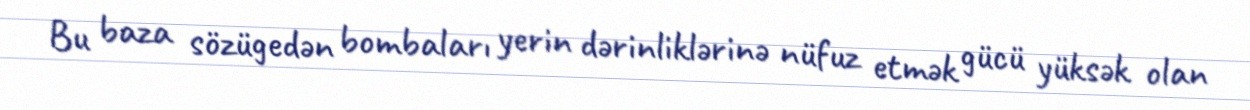
Bu baza sözügedən bombaları yerin dərinliklərinə nüfuz etmək gücü yüksək olan